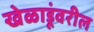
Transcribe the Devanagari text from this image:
खेळाडूंवरील